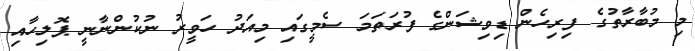
މި މުބާރާތުގެ ފިރިހެން ޑިވިޝަންގެ ފުރަތަމަ ސެމީގައި މިއަދު ހަވީރު ނުކުންނާނީ ޕޮލިހާއި